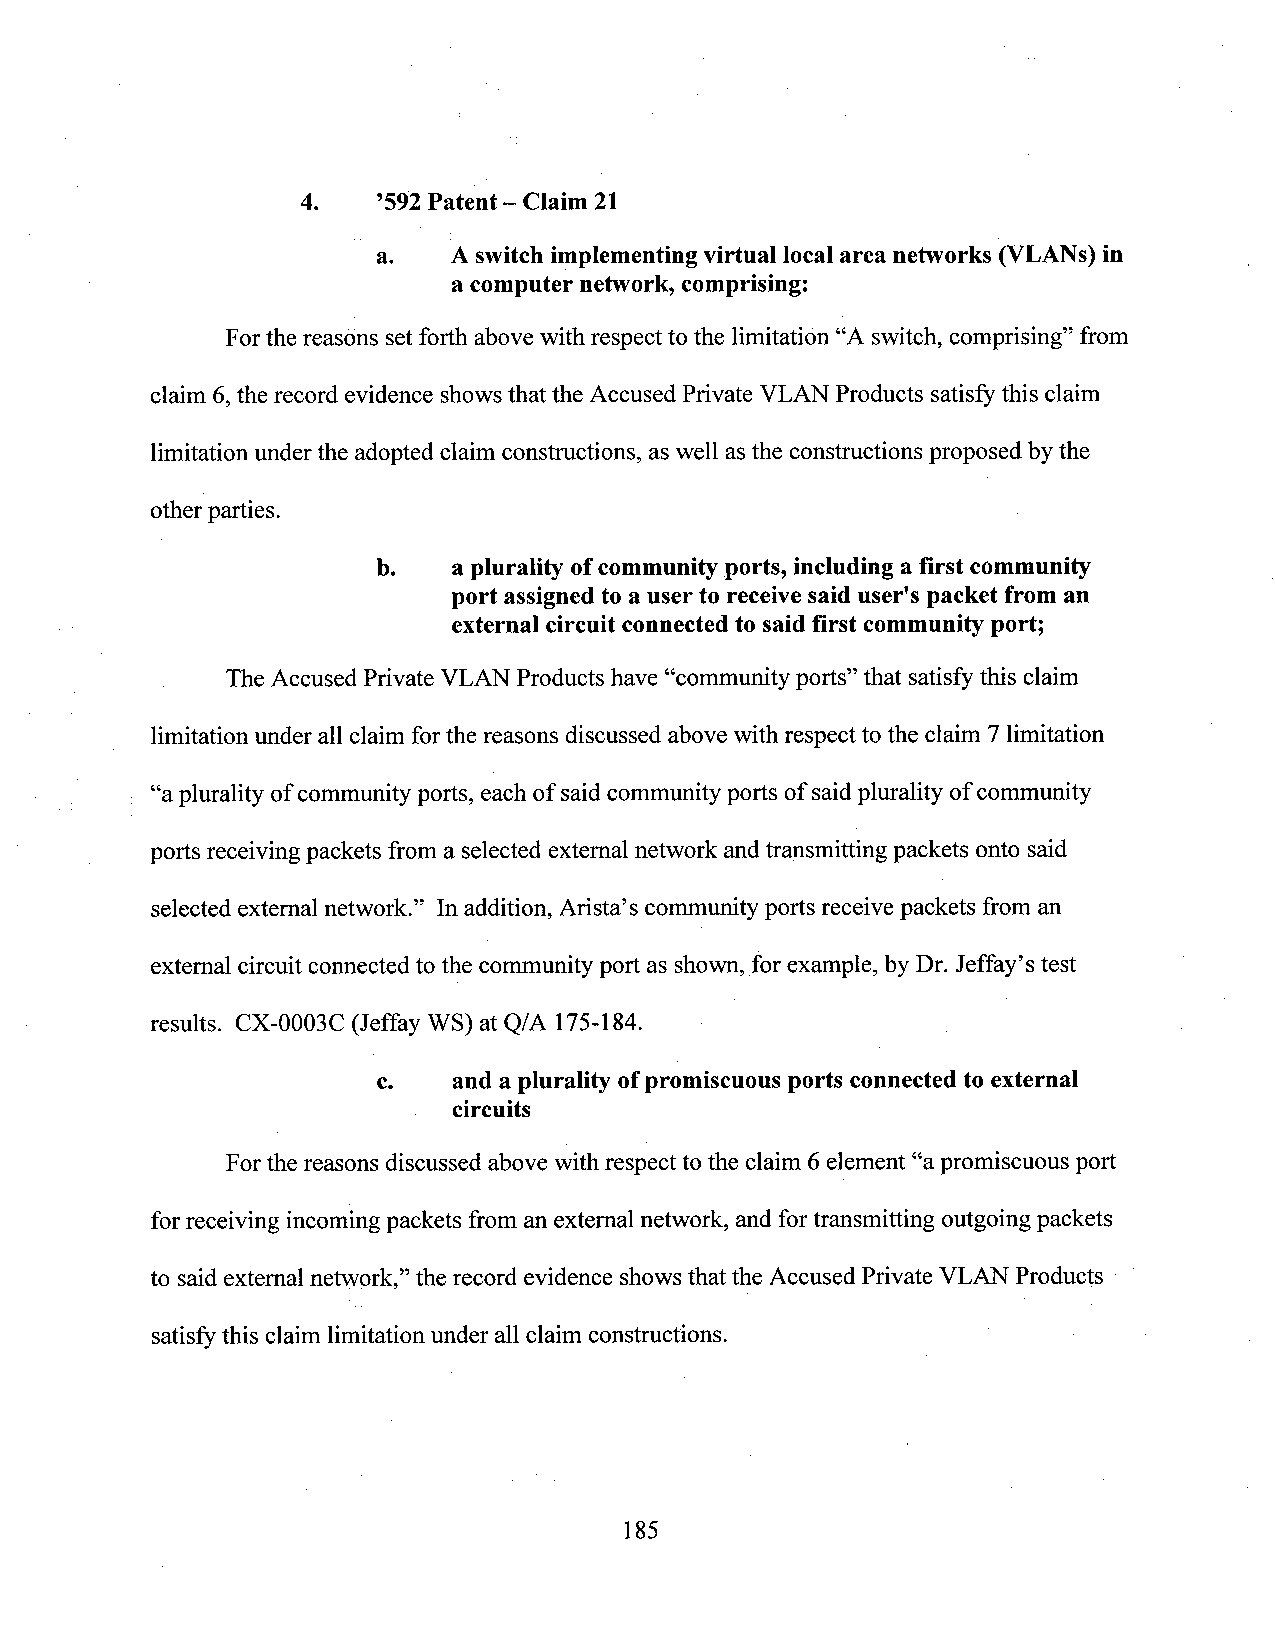
4.   ’592 Patent —Claim 21
 a.   Aswitch implementing virtual localarea networks (VLANs)in
 a computer network, comprising:
 Forthe reasons setforth above with respect to the limitation “A switch, comprising” from
 claim 6,the record evidence showsthat the Accused Private VLAN Products satisfythis claim
 limitation under the adopted claim constructions, as well asthe constructions proposed by the
 other parties.
 b.   a plurality ofcommunityports, including a first community
 port assignedto a user to receivesaid user's packet from an
 external circuit connectedtosaid first communityport;
 The Accused Private VLAN Products have “community ports” that satisfy this claim
 limitation under all claim forthe reasons discussed abovewith respect to the claim 7 limitation
 “aplurality ofcommunityports, each of saidcommunityports of saidplurality of community
 ports receiving packets from a selected extemal network andtransmitting packets onto said
 selected external network.” Inaddition, Arista’s community ports receive packets from an
 external circuit connected to the community port as shown,for example, by Dr. Jeffay’s test
 results. CX-0003C (Jeffay WS) at Q/A 175-184.        y
 c.   and a plurality ofpromiscuous ports connectedto external
 circuits
 Forthe reasons discussed above with respect to the claim 6 element “apromiscuous port
 forreceiving incomingpackets from an external network, and fortransmitting outgoing packets
 to saidexternal network,” the record evidence shows that the Accused Private VLAN Products
 satisfythis claim limitation under all claim constructions.
 185